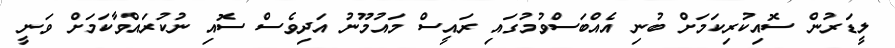
ލީޑަރުން ސޮއިކުރިކަމަށް ބުނި އެއްބަސްވުމުގައި ރައީސް މައުމޫނު އަދިވެސް ސޮއި ނުކުރައްވާކަމަށް ވަނީ